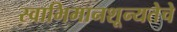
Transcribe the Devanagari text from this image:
स्वाभिमानशून्यतेचे